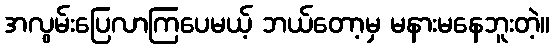
အလွမ်းပြေလာကြပေမယ့် ဘယ်တော့မှ မနားမနေဘူးတဲ့။